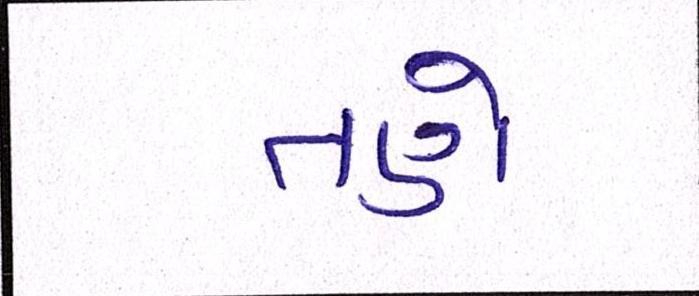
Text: તણે